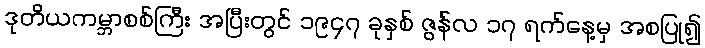
ဒုတိယကမ္ဘာစစ်ကြီး အပြီးတွင် ၁၉၄၇ ခုနှစ် ဇွန်လ ၁၇ ရက်နေ့မှ အစပြု၍